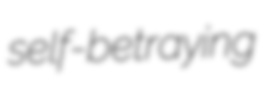
self-betraying